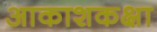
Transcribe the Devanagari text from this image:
आकाशकक्षा